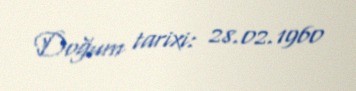
Doğum tarixi: 28.02.1960